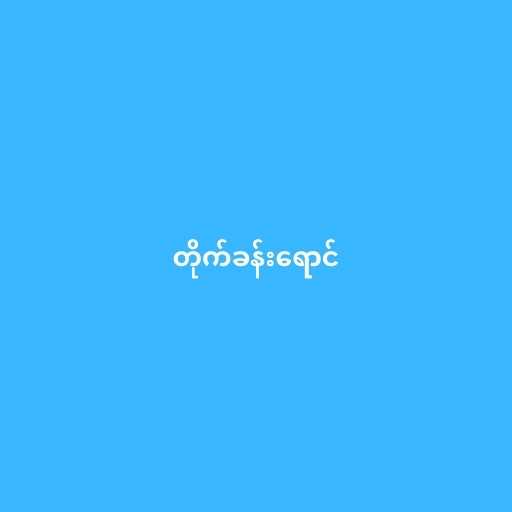
တိုက်ခန်းရောင်